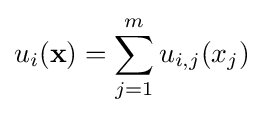
u_{i}(\mathbf {x} )=\sum _{j=1}^{m}u_{i,j}(x_{j})